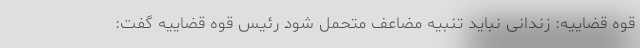
قوه قضاییه: زندانی نباید تنبیه مضاعف متحمل شود رئیس قوه قضاییه گفت: